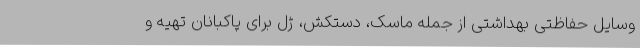
وسایل حفاظتی بهداشتی از جمله ماسک، دستکش، ژل برای پاکبانان تهیه و